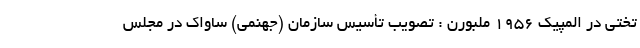
تختی در المپیک 1956 ملبورن : تصویب تأسیس سازمان (جهنمی) ساواک در مجلس